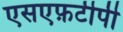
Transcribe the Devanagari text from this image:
एसएफ़टीपी